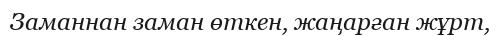
Заманнан заман өткен, жаңарған жұрт,